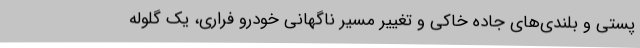
پستی و بلندی‌های جاده خاکی و تغییر مسیر ناگهانی خودرو فراری، یک گلوله